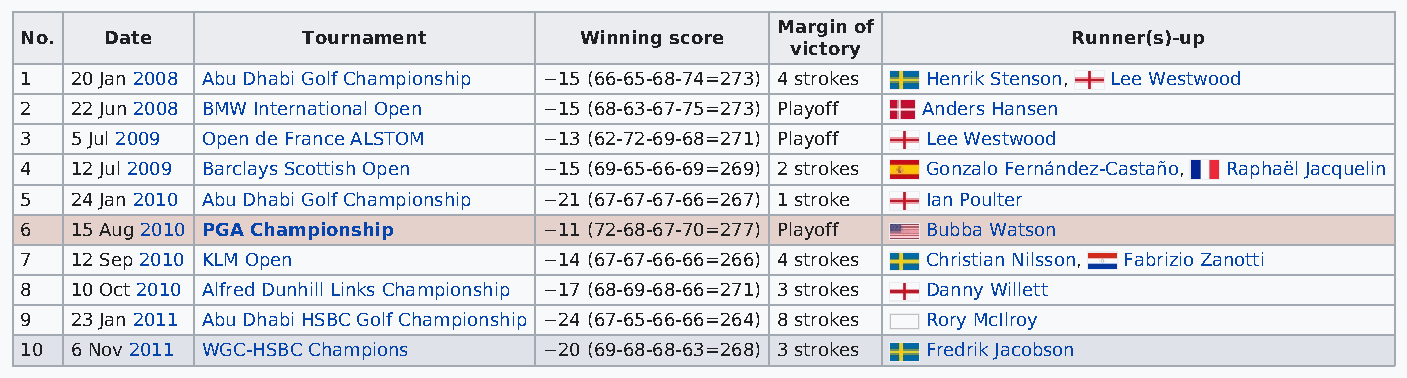
Margin of
 No.   Date         Tournament        Winning score                    Runner(s)-up
 victory
 1   20 Jan 2008 Abu Dhabi Golf Championship −15 (66-65-68-74=273) 4 strokes Henrik Stenson, Lee Westwood
 2   22 Jun 2008 BMW International Open −15 (68-63-67-75=273) Playoff Anders Hansen
 3   5 Jul 2009 Open de France ALSTOM −13 (62-72-69-68=271) Playoff Lee Westwood
 4   12 Jul 2009 Barclays Scottish Open −15 (69-65-66-69=269) 2 strokes Gonzalo Fernández-Castaño, Raphaël Jacquelin
 5   24 Jan 2010 Abu Dhabi Golf Championship −21 (67-67-67-66=267) 1 stroke Ian Poulter
 6   15 Aug 2010 PGA Championship   −11 (72-68-67-70=277) Playoff Bubba Watson
 7   12 Sep 2010 KLM Open           −14 (67-67-66-66=266) 4 strokes Christian Nilsson, Fabrizio Zanotti
 8   10 Oct 2010 Alfred Dunhill Links Championship −17 (68-69-68-66=271) 3 strokes Danny Willett
 9   23 Jan 2011 Abu Dhabi HSBC Golf Championship −24 (67-65-66-66=264) 8 strokes Rory McIlroy
 10  6 Nov 2011 WGC-HSBC Champions  −20 (69-68-68-63=268) 3 strokes Fredrik Jacobson